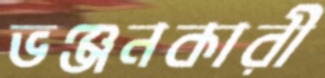
ভঞ্জনকারী